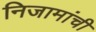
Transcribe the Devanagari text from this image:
निजामांची